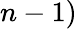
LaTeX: n-1)